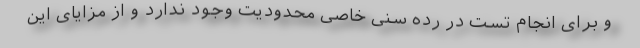
و برای انجام تست در رده سنی خاصی محدودیت وجود ندارد و از مزایای این